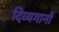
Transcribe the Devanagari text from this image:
दिव्यगानों